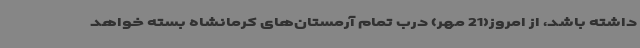
داشته باشد، از امروز(21 مهر) درب تمام آرمستان‌های کرمانشاه بسته خواهد